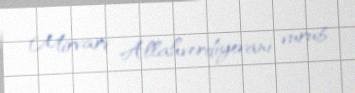
Mirvari Allahverdiyevanı vurub.